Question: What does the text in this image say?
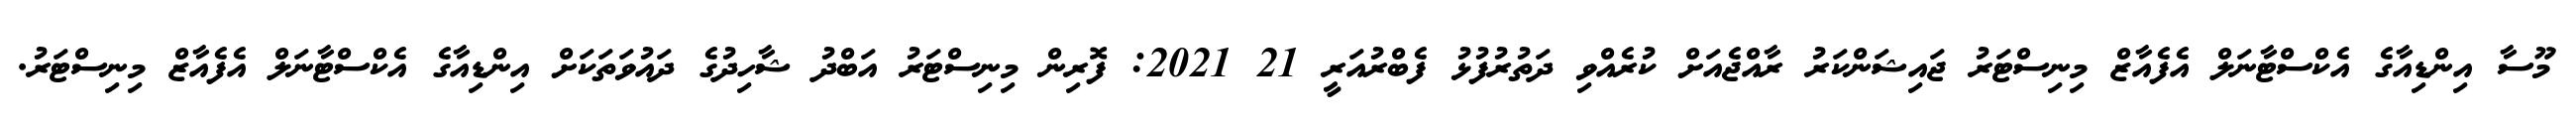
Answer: މޫސާ އިންޑިއާގެ އެކްސްޓާނަލް އެފެއާޒް މިނިސްޓަރު ޖައިޝަންކަރު ރާއްޖެއަށް ކުރެއްވި ދަތުރުފުޅު ފެބްރުއަރީ 21 2021: ފޮރިން މިނިސްޓަރު އަބްދު ޝާހިދުގެ ދައުވަތަކަށް އިންޑިއާގެ އެކްސްޓާނަލް އެފެއާޒް މިނިސްޓަރު.